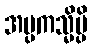
အပ္ပကသ္မိမ္ပိ